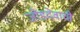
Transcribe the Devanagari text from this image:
जोडदेवाची